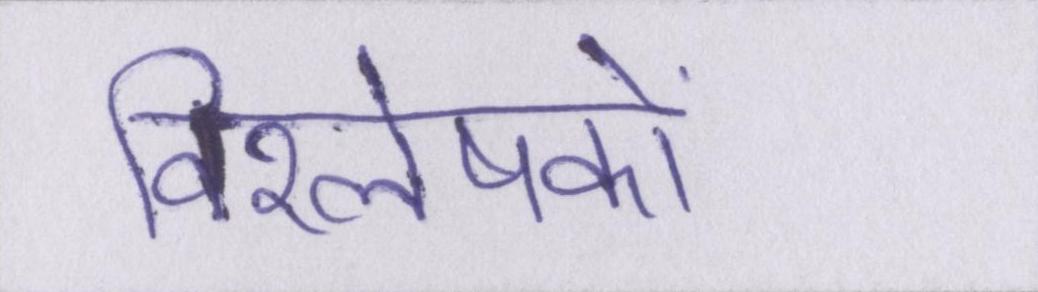
विश्लेषकों